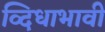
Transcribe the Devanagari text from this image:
व्दिधाभावी